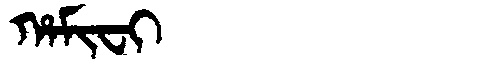
Manchu: ᡥᠠᠮᡳᠸᡳ
Romanization: HAMIFI